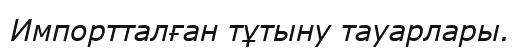
Импортталған тұтыну тауарлары.